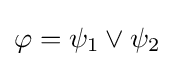
\varphi =\psi _{1}\lor \psi _{2}